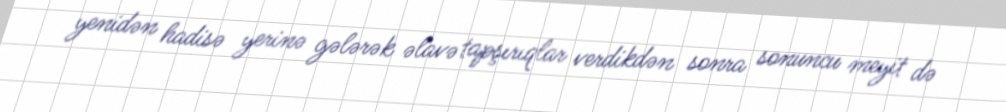
yenidən hadisə yerinə gələrək əlavə tapşırıqlar verdikdən sonra sonuncu meyit də